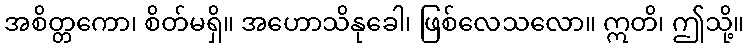
အစိတ္တကော၊ စိတ်မရှိ။ အဟောသိနုခေါ၊ ဖြစ်လေသလော။ ဣတိ၊ ဤသို့။